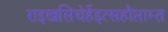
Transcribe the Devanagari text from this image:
राइखसिचेर्हेइत्सहौप्ताम्त